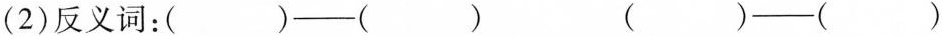
(2)反义词：( )——( ) ( )——( )